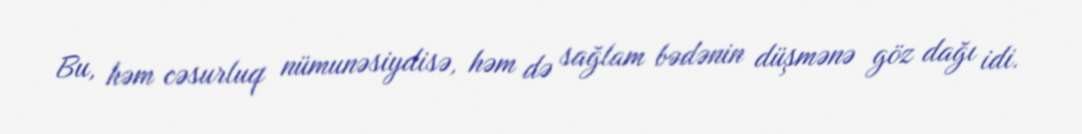
Bu, həm cəsurluq nümunəsiydisə, həm də sağlam bədənin düşmənə göz dağı idi.